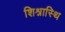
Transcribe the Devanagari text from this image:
शिश्नास्थि